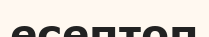
есептоп